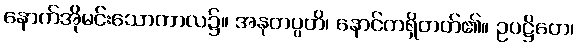
နောက်အိုမင်းသောကာလ၌။ အနုတပ္ပတိ၊ နောင်တရှိတတ်၏။ ဥပဋ္ဌိတေ၊